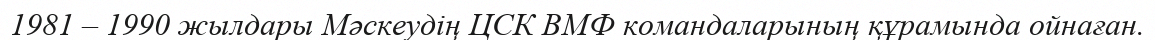
1981 – 1990 жылдары Мәскеудің ЦСК ВМФ командаларының құрамында ойнаған.